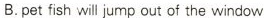
B.pet fish will jump out of the window